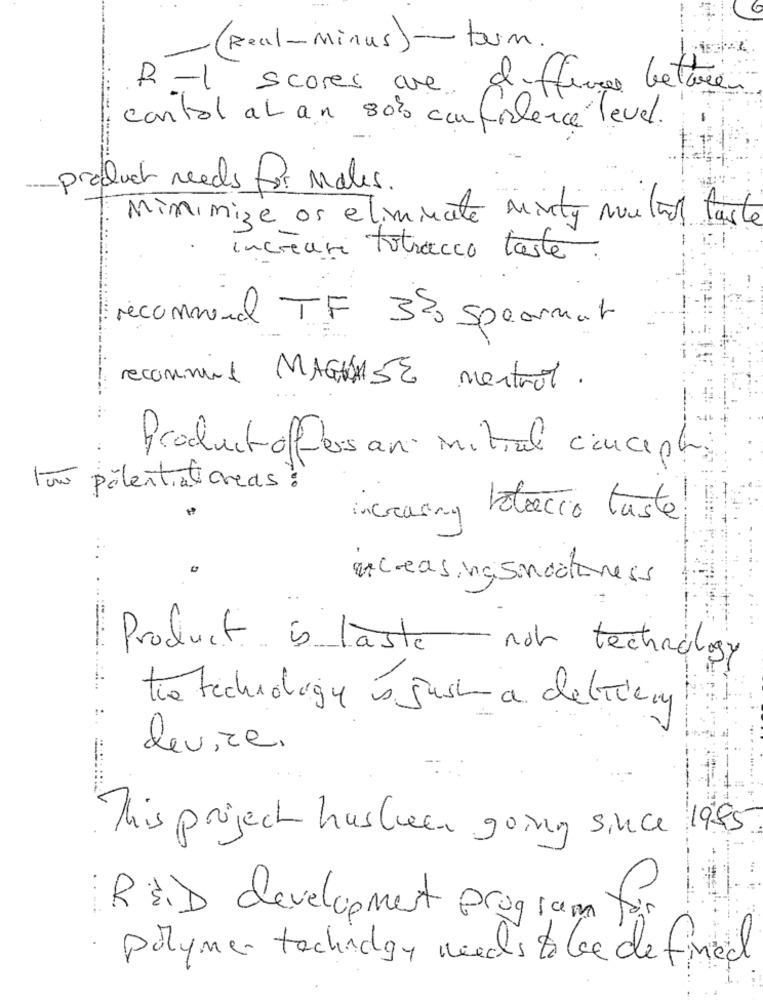
G
(Real-Minus) -- tum.
R-1
scores are difference betwen
cortal at an sois confidence level.
: 17
product needs for Males.
Minimize os eliminate Minty noutros faste
Increase totracco taste
recommendl TF 35 spearmat
recommend MAQUASE mentrot .
Productoffers an initiali concepti
tuo potentiationeas !
increasing bolocio taste
increasing smoothness
Product is laste non technology
the technology is just a delivery
device.
This project has been going since 1995
for
RED development program for
· polymer technology needs to be defined